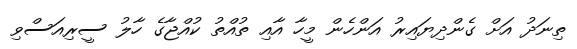
ތިނަދު އަށް ގެންދިޔައިރު އަންހެން މީހާ އާއި ތުއްތު ކުއްޖާގެ ހާލު ސީރިއަސްވި